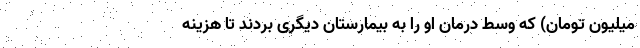
میلیون تومان) که وسط درمان او را به بیمارستان دیگری بردند تا هزینه